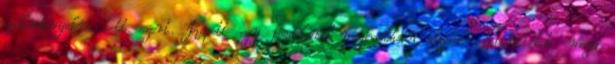
zsákmányokra tett szert. Kapott egy fogaskerék-meghajtáson alapuló építőjátékot, majd